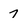
Character: 7